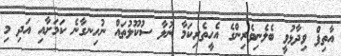
އާތިފް ވިދާޅުވީ ބެލެނިވެރިންގެ އެހީތެރިކަމާ ނުލާ ސުކޫލުތައް ނުހިނގާނެ ކަމަށާއި އަދި މި